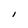
Character: i